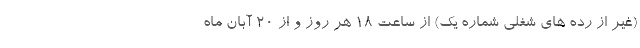
(غیر از رده های شغلی شماره یک) از ساعت ۱۸ هر روز و از ۲۰ آبان ماه